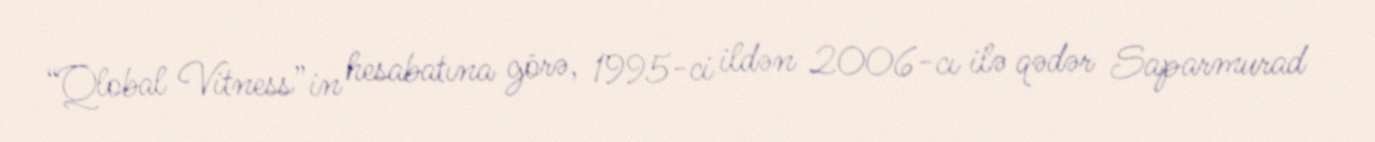
“Qlobal Vitness”in hesabatına görə, 1995-ci ildən 2006-cı ilə qədər Saparmurad